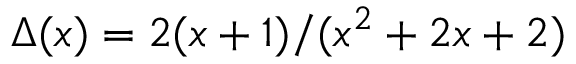
\Delta ( x ) = 2 ( x + 1 ) / ( x ^ { 2 } + 2 x + 2 )